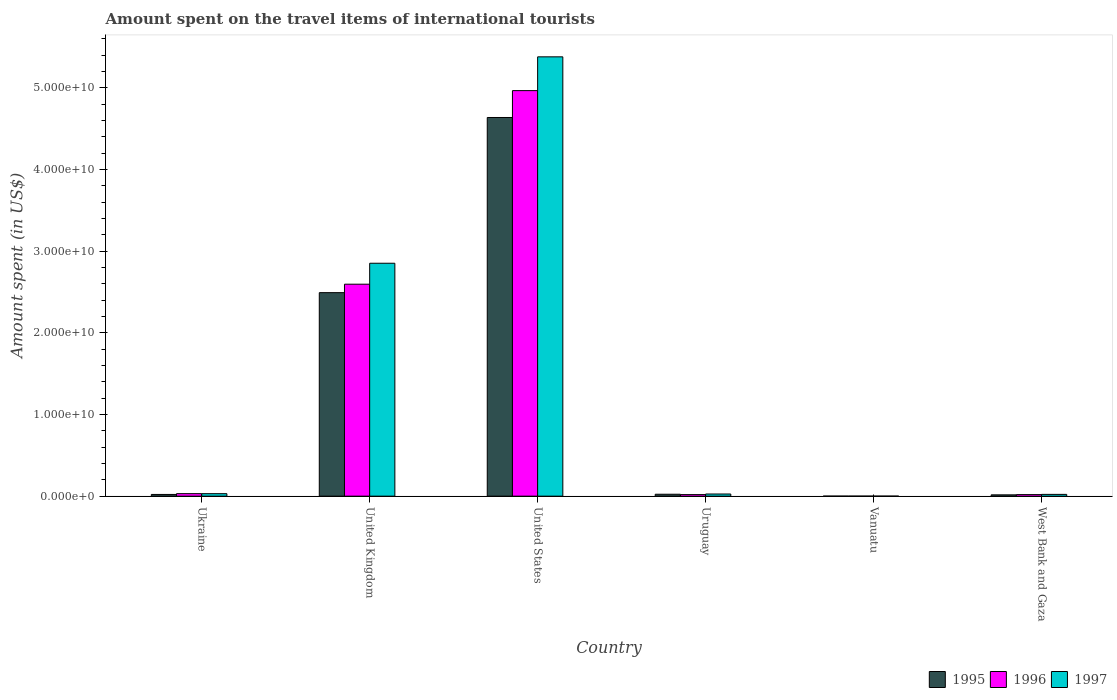
| Country | 1995 | 1996 | 1997 |
 | --- | --- | --- | --- |
 | Ukraine | 2.1e+08 | 3.08e+08 | 3.05e+08 |
 | United Kingdom | 2.49e+10 | 2.6e+10 | 2.85e+10 |
 | United States | 4.64e+10 | 4.97e+10 | 5.38e+10 |
 | Uruguay | 2.36e+08 | 1.92e+08 | 2.64e+08 |
 | Vanuatu | 5e+06 | 5e+06 | 5e+06 |
 | West Bank and Gaza | 1.62e+08 | 1.91e+08 | 2.18e+08 |